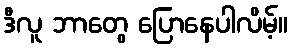
ဒီလူ ဘာတွေ ပြောနေပါလိမ့်။